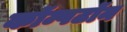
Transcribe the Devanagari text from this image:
कॉम्पटॉन